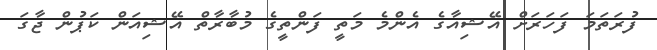
ފުރަތަމަ ފަހަރަށް އޭޝިއާގެ އެންމެ މަތީ ފަންތީގެ މުބާރާތް އޭޝިއަން ކަޕުން ޖާގަ